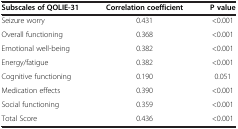
<table><thead><tr><td><b>Subscales of QOLIE-31</b></td><td><b>Correlation coefficient</b></td><td><b>P value</b></td></tr></thead><tbody><tr><td>Seizure worry</td><td>0.431</td><td>&lt;0.001</td></tr><tr><td>Overall functioning</td><td>0.368</td><td>&lt;0.001</td></tr><tr><td>Emotional well-being</td><td>0.382</td><td>&lt;0.001</td></tr><tr><td>Energy/fatigue</td><td>0.382</td><td>&lt;0.001</td></tr><tr><td>Cognitive functioning</td><td>0.190</td><td>0.051</td></tr><tr><td>Medication effects</td><td>0.390</td><td>&lt;0.001</td></tr><tr><td>Social functioning</td><td>0.359</td><td>&lt;0.001</td></tr><tr><td>Total Score</td><td>0.436</td><td>&lt;0.001</td></tr></tbody></table>